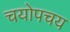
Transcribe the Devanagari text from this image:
चयोपचय